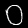
Label: 0